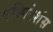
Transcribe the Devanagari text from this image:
एस्पिरेशंस